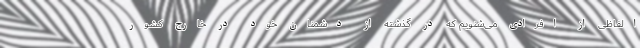
الفاظی از افرادی می‌شنویم که در گذشته از دشمنان خود در خارج کشور